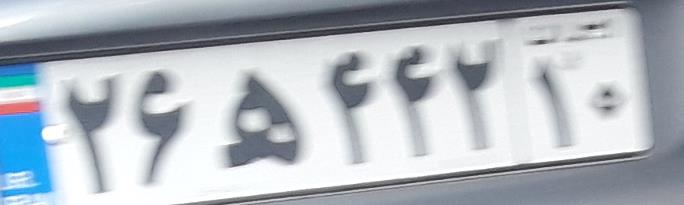
۲۶ه۴۴۲۱۰